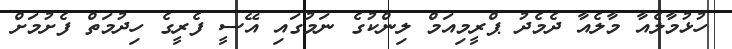
ހުޅުމާލެއާ މާލެއާ ދެމެދު ޕްރީމިއަމް ލިންކުގެ ނަމުގައި އޭސީ ފެރީގެ ހިދުމަތް ފެށުމަށް